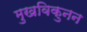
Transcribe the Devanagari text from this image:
मुखविकुनन